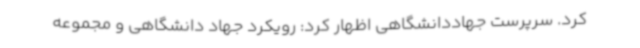
کرد. سرپرست جهاددانشگاهی اظهار کرد: رویکرد جهاد دانشگاهی و مجموعه